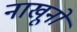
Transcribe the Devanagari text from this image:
नाखूनो